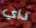
داي